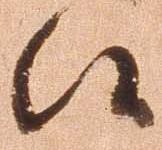
候